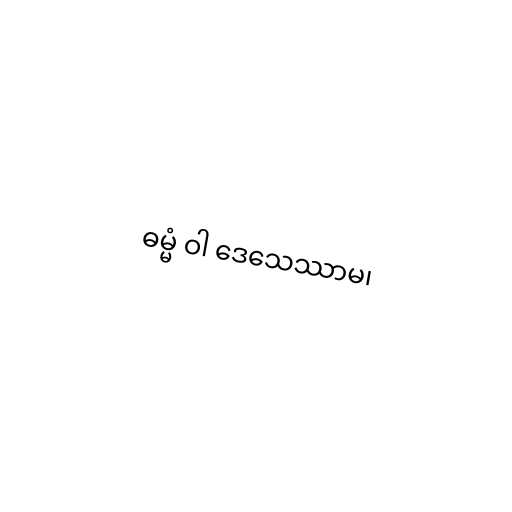
ဓမ္မံ ဝါ ဒေသေဿာမ၊